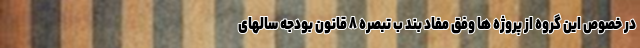
در خصوص این گروه از پروژه ها وفق مفاد بند ب تبصره ۸ قانون بودجه سالهای